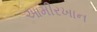
આમીરખાન